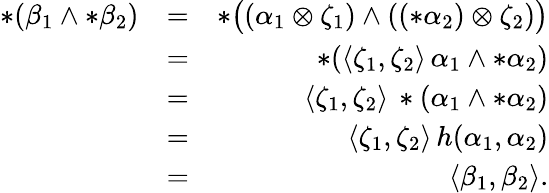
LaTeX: \begin{array}{rlr}{*(\beta_{1}\wedge*\beta_{2})}&{=}&{*\big((\alpha_{1}\otimes\zeta_{1})\wedge((*\alpha_{2})\otimes\zeta_{2})\big)}\\ &{=}&{*(\langle\zeta_{1},\zeta_{2}\rangle\, \alpha_{1}\wedge*\alpha_{2})}\\ &{=}&{\langle\zeta_{1},\zeta_{2}\rangle\, *(\alpha_{1}\wedge*\alpha_{2})}\\ &{=}&{\langle\zeta_{1},\zeta_{2}\rangle\, h(\alpha_{1},\alpha_{2})}\\ &{=}&{\langle\beta_{1},\beta_{2}\rangle.}\end{array}